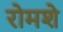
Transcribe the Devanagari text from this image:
रोमशे